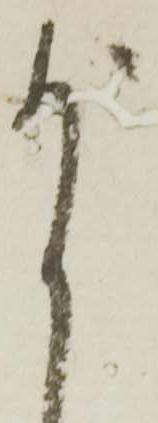
尚